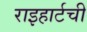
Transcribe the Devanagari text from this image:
राइहार्टची